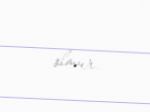
olmur.